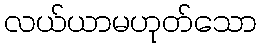
လယ်ယာမဟုတ်သော